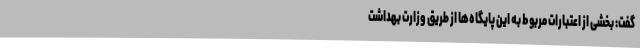
گفت: بخشی از اعتبارات مربوط به این پایگاه‌ها از طریق وزارت بهداشت